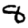
Digit: 8